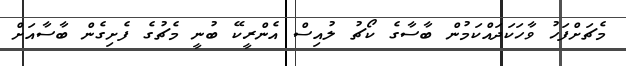
މެޗަށްފަހު ވާހަކަދައްކަމުން ބާސާގެ ކޯޗު ލުއިސް އެންރީކޭ ބުނީ މެޗުގެ ފެށިގެން ބާސާއަށް